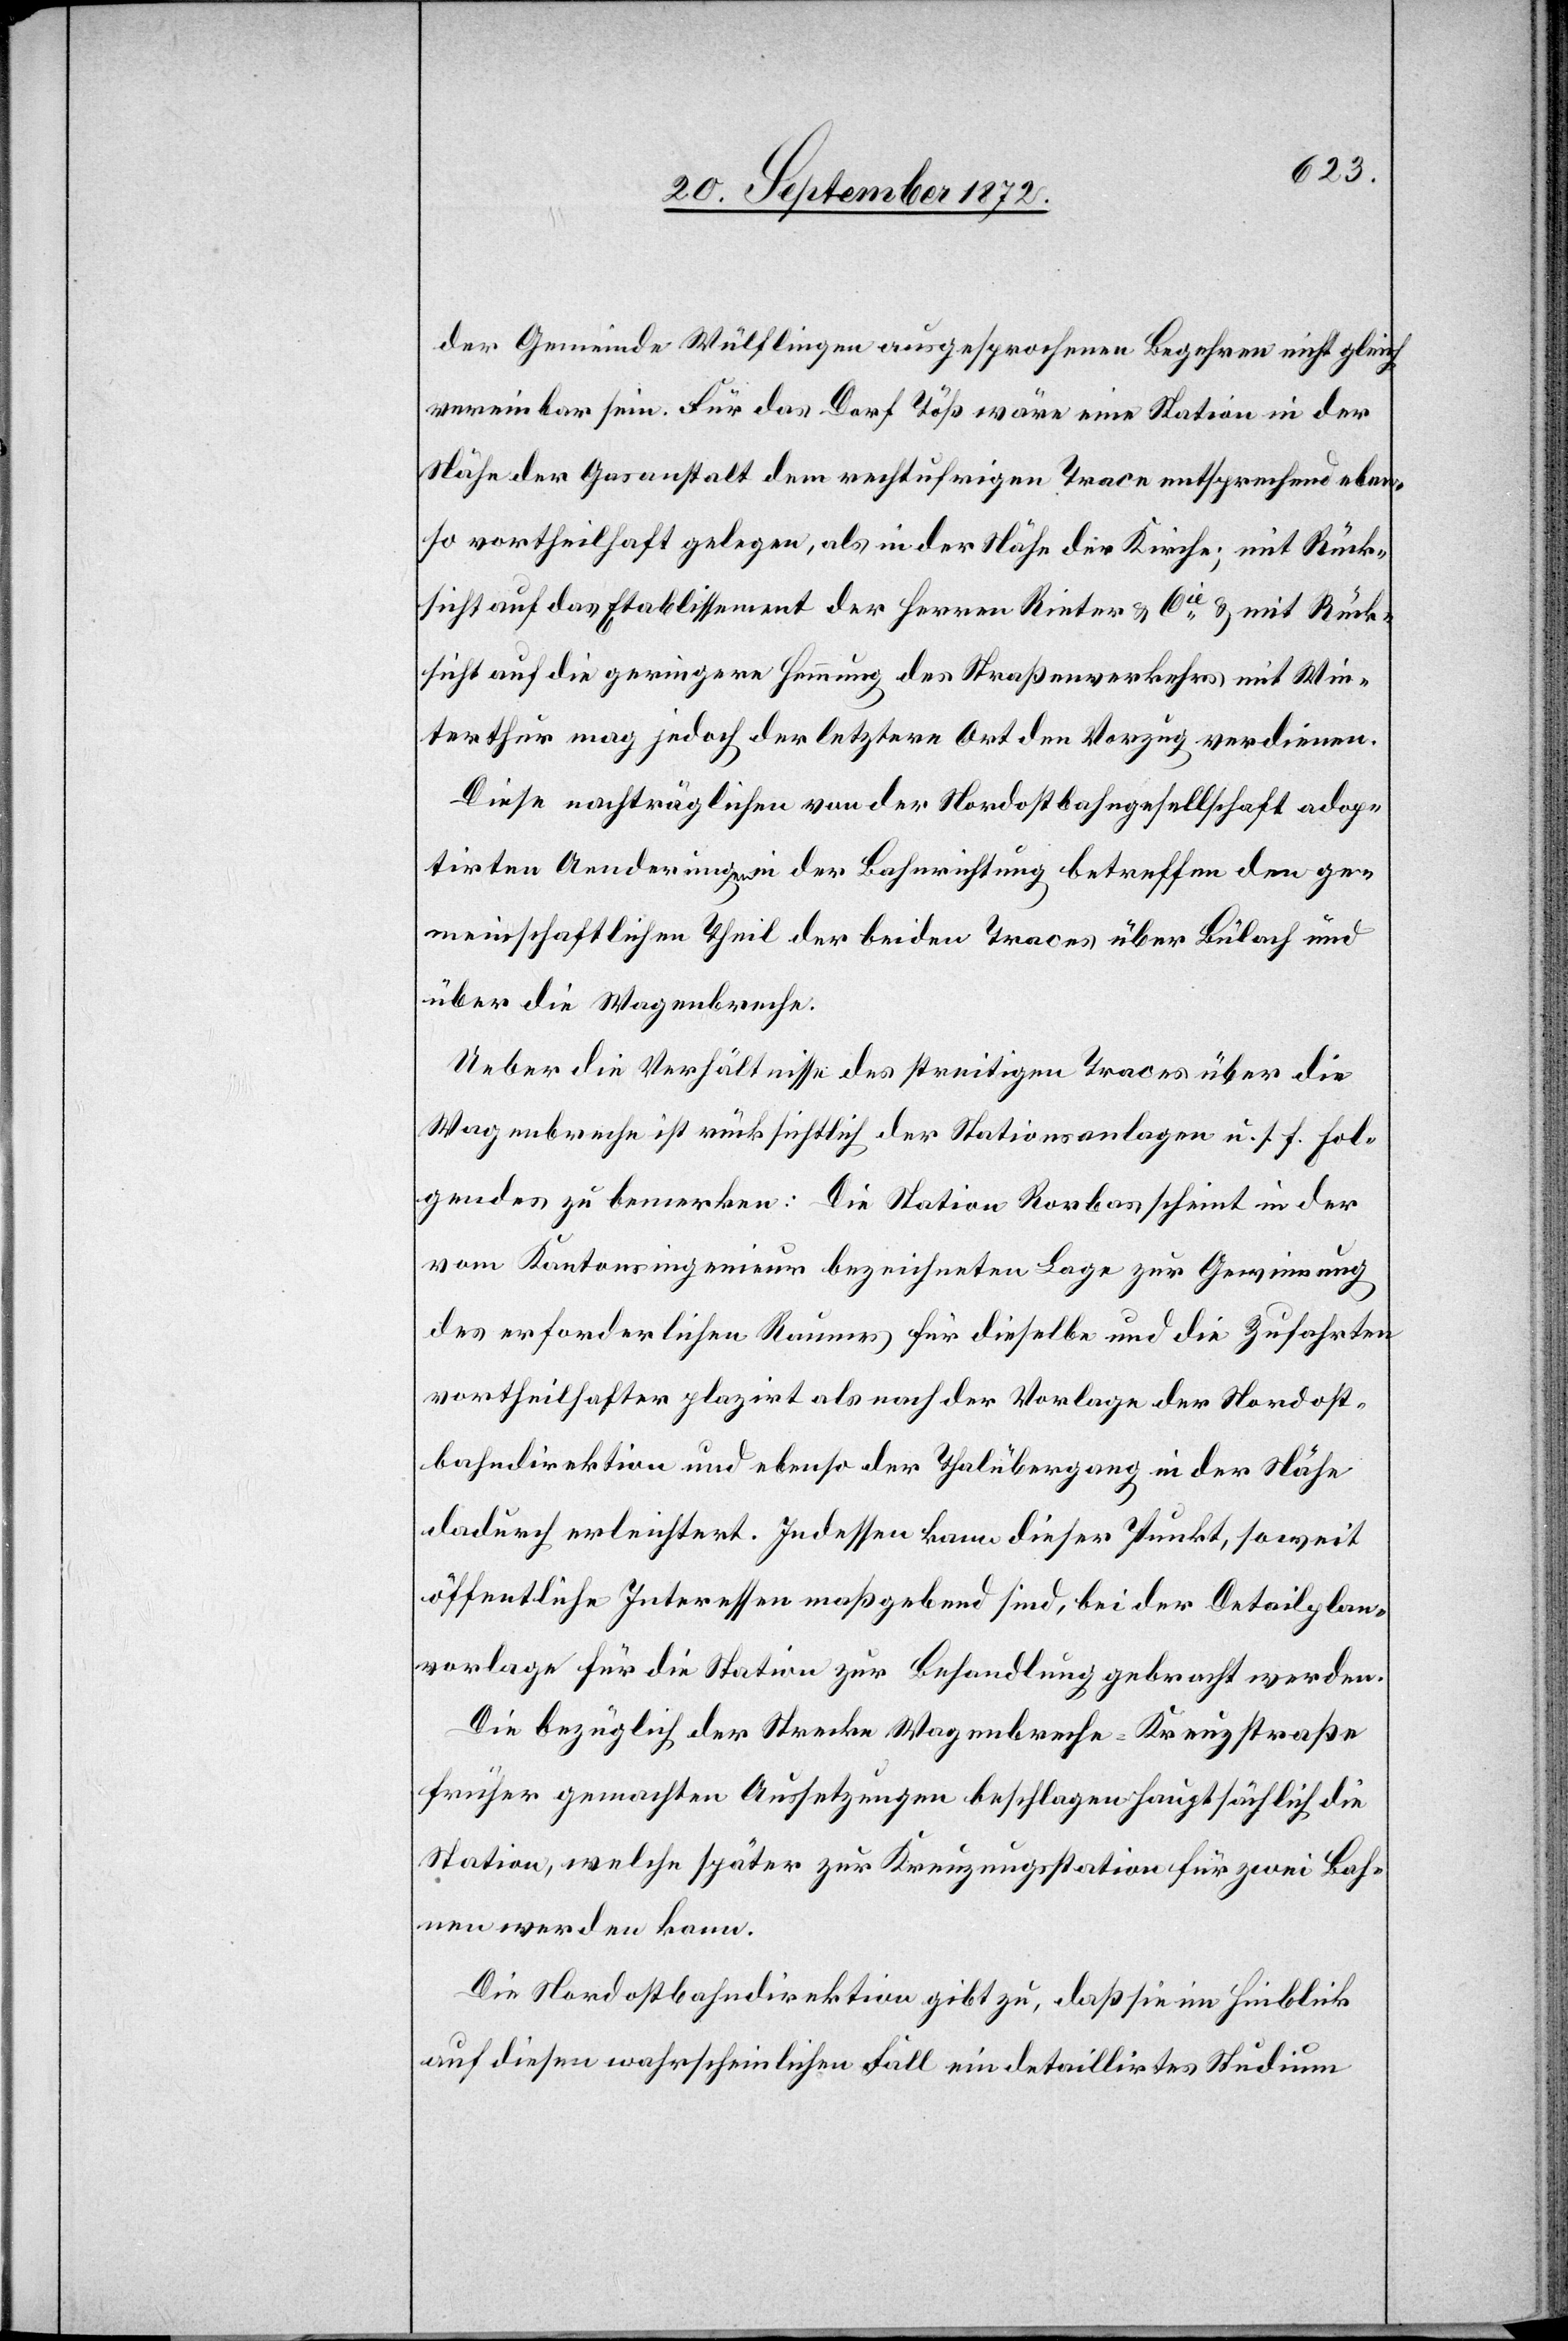
der Gemeinde Wülflingen ausgesprochenen Begehren nicht gleich
vereinbar sein. Für das Dorf Töß wäre eine Station in der
Nähe der Gasanstalt dem rechtufrigen Trace entsprechend eben¬
so vortheilhaft gelegen, als in der Nähe der Kirche; mit Rück¬
sicht auf das Etablissement der Herren Rieter u. Cie u. mit Rück¬
sicht auf die geringere Hemmung des Straßenverkehrs mit Win¬
terthur mag jedoch der letztere Ort den Vorzug verdienen.
Diese nachträgliche von der Nordostbahngesellschaft adop¬
tirten Aenderungen in der Bahnrichtung betreffen den ge¬
meinschaftlichen Theil der beiden Traces über Bülach und
über die Wagenbreche.
Ueber die Verhältnisse des streitigen Traces über die
Wagenbreche ist rücksichtlich der Stationsanlagen u. s. f. fol¬
gendes zu bemerken: Die Station Rorbas scheint in der
vom Kantonsingenieur bezeichneten Lage zur Gewinnung
des erforderlichen Raumes für dieselbe und die Zufahrten
vortheilhafter plazirt als nach der Vorlage der Nordost¬
bahndirektion und ebenso der Thalübergang in der Nähe
dadurch erleichtert. Indessen kam dieser Punkt, soweit
öffentliche Interessen maßgebend sind, bei der Detailplan¬
vorlage für die Station zur Behandlung gebracht werden.
Die bezüglich der Strecke Wagenbreche–Kreuzstraße
früher gemachten Aussetzungen beschlagen hauptsächlich die
Station, welche später zur Kreuzungsstation für zwei Bah¬
nen werden kann.
Die Nordostbahndirektion gibt zu, daß sie im Hinblick
auf diesen wahrscheinlichen Fall ein detaillirtes Studium